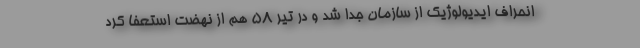
انحراف ایدیولوژیک از سازمان جدا شد و در تیر 58 هم از نهضت استعفا کرد